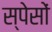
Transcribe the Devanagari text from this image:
स्पेसों